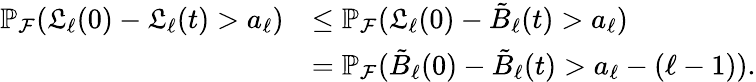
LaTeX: \begin{array}{rl}{\mathbb{P}_{\mathcal{F}}(\mathfrak{L}_{\ell}(0)-\mathfrak{L}_{\ell}(t)>a_{\ell})}&{\le\mathbb{P}_{\mathcal{F}}(\mathfrak{L}_{\ell}(0)-\tilde{B}_{\ell}(t)>a_{\ell})}\\ &{=\mathbb{P}_{\mathcal{F}}(\tilde{B}_{\ell}(0)-\tilde{B}_{\ell}(t)>a_{\ell}-(\ell-1)).}\end{array}